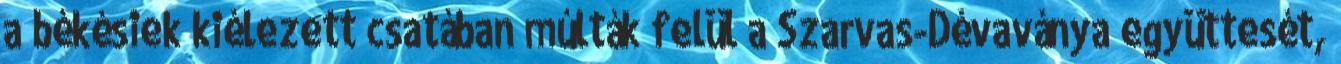
a békésiek kiélezett csatában múlták felül a Szarvas-Dévaványa együttesét,